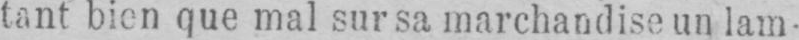
tant bien que mal sur sa marchandise un lam-